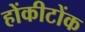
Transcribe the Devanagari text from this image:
होंकीटोंक